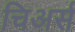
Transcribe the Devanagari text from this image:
चिअर्स